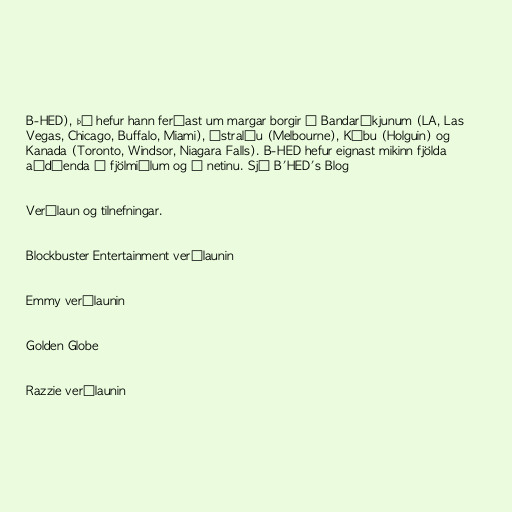
B-HED), þá hefur hann ferðast um margar borgir í Bandaríkjunum (LA, Las
Vegas, Chicago, Buffalo, Miami), Ástralíu (Melbourne), Kúbu (Holguin) og
Kanada (Toronto, Windsor, Niagara Falls). B-HED hefur eignast mikinn fjölda
aðdáenda í fjölmiðlum og á netinu. Sjá B'HED's Blog

Verðlaun og tilnefningar.

Blockbuster Entertainment verðlaunin

Emmy verðlaunin

Golden Globe

Razzie verðlaunin